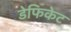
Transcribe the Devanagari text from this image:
डेफिकेट